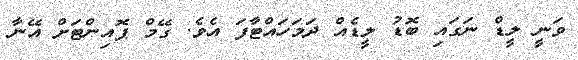
ވަނީ ލީޑް ނަގައި ބޮޑު ލީޑެއް ދަމަހައްޓާފަ އެވެ. ގޭމް ޕޮއިންޓަށް އޭނާ